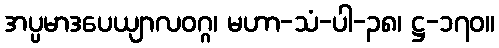
အပ္ပမာဒပေယျာလဝဂ္ဂ၊ မဟာ-သံ-ပါ-၃၈၊ ဋ္ဌ-၁၇၀။